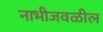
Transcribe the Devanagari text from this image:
नाभीजवळील